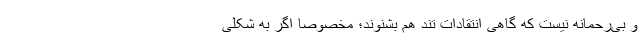
و بی‌رحمانه نیست که گاهی انتقادات تند هم بشنوند؛ مخصوصا اگر به شکلی